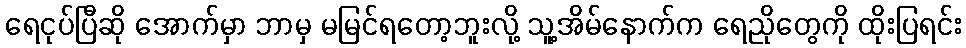
ရေငုပ်ပြီဆို အောက်မှာ ဘာမှ မမြင်ရတော့ဘူးလို့ သူ့အိမ်နောက်က ရေညိုတွေကို ထိုးပြရင်း